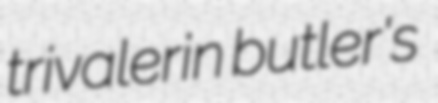
trivalerin butler's